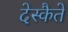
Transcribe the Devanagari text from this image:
देस्कैते